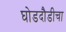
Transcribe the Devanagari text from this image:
घोडदौडीचा